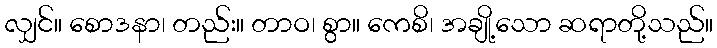
လျှင်။ စောဒနာ၊ တည်း။ တာဝ၊ စွာ။ ကေစိ၊ အချို့သော ဆရာတို့သည်။